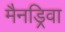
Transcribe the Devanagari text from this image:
मैनड्रिवा